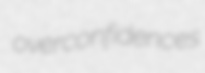
overconfidences